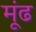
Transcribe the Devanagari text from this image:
मूंढ